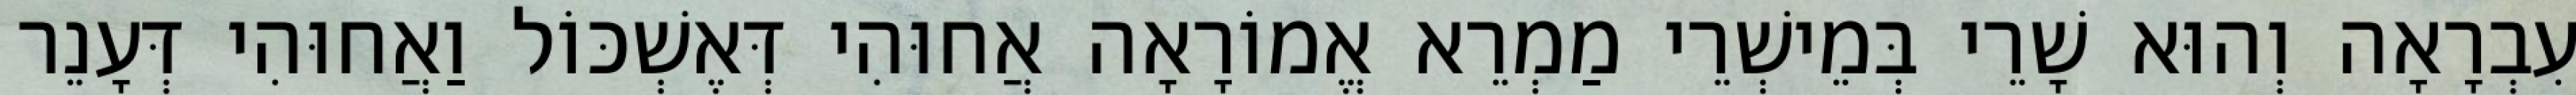
עִבְרָאָה וְהוּא שָׁרֵי בְּמֵישְׁרֵי מַמְרֵא אֱמוֹרָאָה אֲחוּהִי דְּאֶשְׁכּוֹל וַאֲחוּהִי דְּעָנֵר